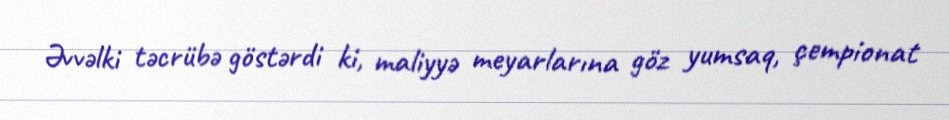
Əvvəlki təcrübə göstərdi ki, maliyyə meyarlarına göz yumsaq, çempionat